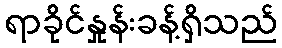
ရာခိုင်နှုန်းခန့်ရှိသည်